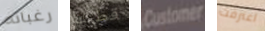
رغباته قطتك Customer اعترفت